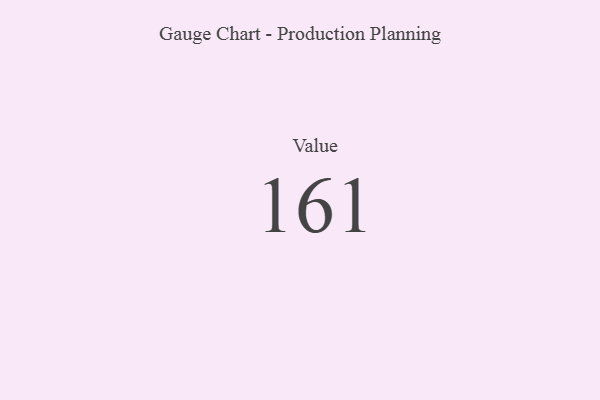
{"axis": {"x": "Metric", "y": "Value"}, "legend": [""], "data": [{"x": "Value", "y": 161, "type": ""}]}